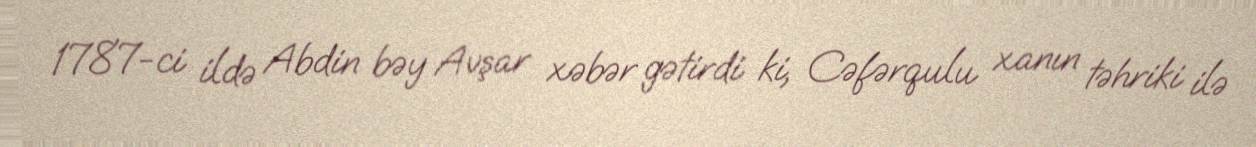
1787-ci ildə Abdin bəy Avşar xəbər gətirdi ki, Cəfərqulu xanın təhriki ilə